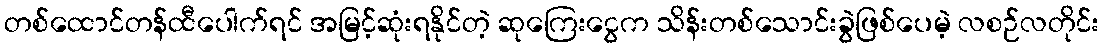
တစ်ထောင်တန်ထီပေါက်ရင် အမြင့်ဆုံးရနိုင်တဲ့ ဆုကြေးငွေက သိန်းတစ်သောင်းခွဲဖြစ်ပေမဲ့ လစဉ်လတိုင်း